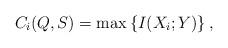
LaTeX: \begin{align*}C_i(Q, S) = \max \left\{ I(X_i; Y) \right\},\end{align*}